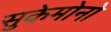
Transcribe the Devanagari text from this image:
सुकेमोनो